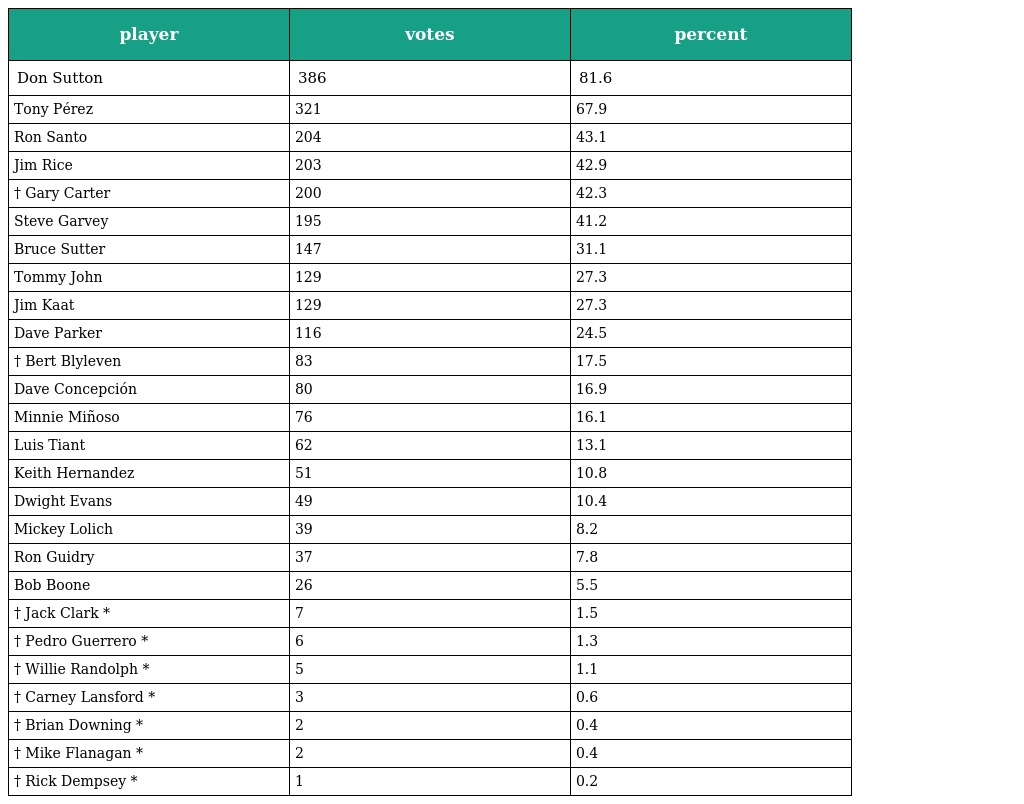
| player | votes | percent |
 | --- | --- | --- |
 | Don Sutton | 386 | 81.6 |
 | Tony Pérez | 321 | 67.9 |
 | Ron Santo | 204 | 43.1 |
 | Jim Rice | 203 | 42.9 |
 | † Gary Carter | 200 | 42.3 |
 | Steve Garvey | 195 | 41.2 |
 | Bruce Sutter | 147 | 31.1 |
 | Tommy John | 129 | 27.3 |
 | Jim Kaat | 129 | 27.3 |
 | Dave Parker | 116 | 24.5 |
 | † Bert Blyleven | 83 | 17.5 |
 | Dave Concepción | 80 | 16.9 |
 | Minnie Miñoso | 76 | 16.1 |
 | Luis Tiant | 62 | 13.1 |
 | Keith Hernandez | 51 | 10.8 |
 | Dwight Evans | 49 | 10.4 |
 | Mickey Lolich | 39 | 8.2 |
 | Ron Guidry | 37 | 7.8 |
 | Bob Boone | 26 | 5.5 |
 | † Jack Clark * | 7 | 1.5 |
 | † Pedro Guerrero * | 6 | 1.3 |
 | † Willie Randolph * | 5 | 1.1 |
 | † Carney Lansford * | 3 | 0.6 |
 | † Brian Downing * | 2 | 0.4 |
 | † Mike Flanagan * | 2 | 0.4 |
 | † Rick Dempsey * | 1 | 0.2 |